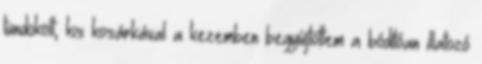
tündökölt, kis kosárkával a kezemben begyűjtöttem a bódítóan illatozó